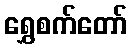
ရွှေစက်တော်